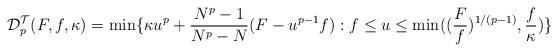
LaTeX: \begin{align*}\mathcal{D}_{p}^{\mathcal{T}}(F,f,\kappa)=\min\{\kappa u^{p}+\frac{N^{p}-1}{N^{p}-N}(F-u^{p-1}f):f\leq u\leq\min((\frac{F}{f})^{1/(p-1)},\frac{f}{\kappa})\}\end{align*}